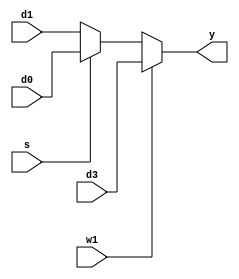
`timescale 1ns / 1ps
//////////////////////////////////////////////////////////////////////////////////
// Company: 
// Engineer: 
// 
// Design Name: 
// Module Name: mux5
// Project Name: 
// Target Devices: 
// Tool Versions: 
// Description: 
// 
// Dependencies: 
// 
// Revision:
// Revision 0.01 - File Created
// Additional Comments:
// 
//////////////////////////////////////////////////////////////////////////////////


module mux5 (
    input wire w1,
    input wire[31:0] d3,
	input wire[31:0] d0,
	input wire[31:0] d1,
	input wire s,
	output wire[31:0] y
    );
	wire [31:0] wei;
	
	assign wei =(s==1'b1)?d0:d1;
	assign y =(w1==1'b1)?d3:wei;
endmodule